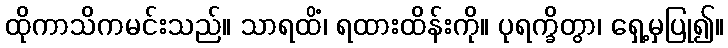
ထိုကာသိကမင်းသည်။ သာရထိံ၊ ရထားထိန်းကို။ ပုရက္ခိတွာ၊ ရှေ့မှပြု၍။